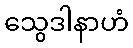
သွေဒါနာဟံ